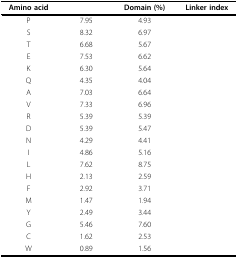
<table><thead><tr><td><b>Amino acid</b></td><td>[EMPTY_CELL]</td><td><b>Domain (%)</b></td><td><b>Linker index</b></td></tr></thead><tbody><tr><td>P</td><td>7.95</td><td>4.93</td><td>[EMPTY_CELL]</td></tr><tr><td>S</td><td>8.32</td><td>6.97</td><td>[EMPTY_CELL]</td></tr><tr><td>T</td><td>6.68</td><td>5.67</td><td>[EMPTY_CELL]</td></tr><tr><td>E</td><td>7.53</td><td>6.62</td><td>[EMPTY_CELL]</td></tr><tr><td>K</td><td>6.30</td><td>5.64</td><td>[EMPTY_CELL]</td></tr><tr><td>Q</td><td>4.35</td><td>4.04</td><td>[EMPTY_CELL]</td></tr><tr><td>A</td><td>7.03</td><td>6.64</td><td>[EMPTY_CELL]</td></tr><tr><td>V</td><td>7.33</td><td>6.96</td><td>[EMPTY_CELL]</td></tr><tr><td>R</td><td>5.39</td><td>5.39</td><td>[EMPTY_CELL]</td></tr><tr><td>D</td><td>5.39</td><td>5.47</td><td>[EMPTY_CELL]</td></tr><tr><td>N</td><td>4.29</td><td>4.41</td><td>[EMPTY_CELL]</td></tr><tr><td>I</td><td>4.86</td><td>5.16</td><td>[EMPTY_CELL]</td></tr><tr><td>L</td><td>7.62</td><td>8.75</td><td>[EMPTY_CELL]</td></tr><tr><td>H</td><td>2.13</td><td>2.59</td><td>[EMPTY_CELL]</td></tr><tr><td>F</td><td>2.92</td><td>3.71</td><td>[EMPTY_CELL]</td></tr><tr><td>M</td><td>1.47</td><td>1.94</td><td>[EMPTY_CELL]</td></tr><tr><td>Y</td><td>2.49</td><td>3.44</td><td>[EMPTY_CELL]</td></tr><tr><td>G</td><td>5.46</td><td>7.60</td><td>[EMPTY_CELL]</td></tr><tr><td>C</td><td>1.62</td><td>2.53</td><td>[EMPTY_CELL]</td></tr><tr><td>W</td><td>0.89</td><td>1.56</td><td>[EMPTY_CELL]</td></tr></tbody></table>